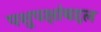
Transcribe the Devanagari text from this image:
पशुपक्षांबद्दल